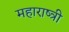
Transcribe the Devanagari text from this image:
महाराष्त्री